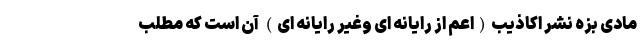
مادی بزه نشر اکاذیب(اعم از رایانه ای وغیر رایانه ای) آن است که مطلب